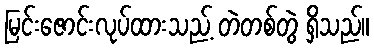
မြင်းဇောင်းလုပ်ထားသည့် တဲတစ်တွဲ ရှိသည်။